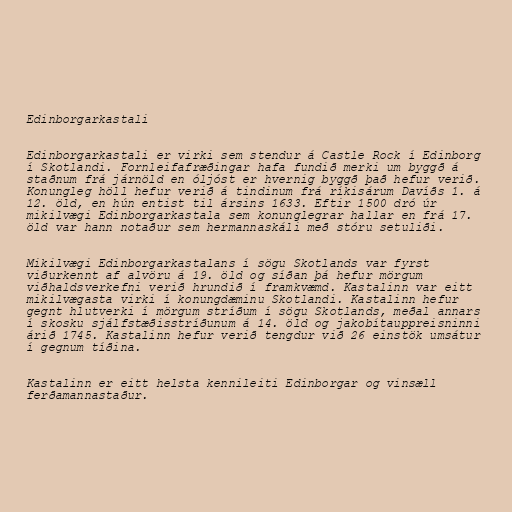
Edinborgarkastali

Edinborgarkastali er virki sem stendur á Castle Rock í Edinborg
í Skotlandi. Fornleifafræðingar hafa fundið merki um byggð á
staðnum frá járnöld en óljóst er hvernig byggð það hefur verið.
Konungleg höll hefur verið á tindinum frá ríkisárum Davíðs 1. á
12. öld, en hún entist til ársins 1633. Eftir 1500 dró úr
mikilvægi Edinborgarkastala sem konunglegrar hallar en frá 17.
öld var hann notaður sem hermannaskáli með stóru setuliði.

Mikilvægi Edinborgarkastalans í sögu Skotlands var fyrst
viðurkennt af alvöru á 19. öld og síðan þá hefur mörgum
viðhaldsverkefni verið hrundið í framkvæmd. Kastalinn var eitt
mikilvægasta virki í konungdæminu Skotlandi. Kastalinn hefur
gegnt hlutverki í mörgum stríðum í sögu Skotlands, meðal annars
í skosku sjálfstæðisstríðunum á 14. öld og jakobítauppreisninni
árið 1745. Kastalinn hefur verið tengdur við 26 einstök umsátur
í gegnum tíðina.

Kastalinn er eitt helsta kennileiti Edinborgar og vinsæll
ferðamannastaður.